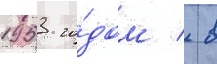
1953 го́дом / в